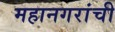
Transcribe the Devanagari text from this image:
महानगरांची